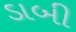
ડાબી